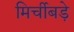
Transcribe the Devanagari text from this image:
मिर्चीबड़े